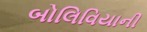
બોલિવિયાની